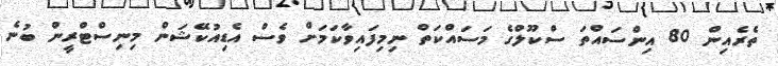
ތެރެއިން 80 އިންސައްތަ ސްކޫލްގެ މަސައްކަތް ނިމިފައިވާކަމަށް ވެސް އެޑިއުކޭޝަން މިނިސްޓްރީން ބުނެ